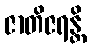
ဇာတိဇရန္တိ